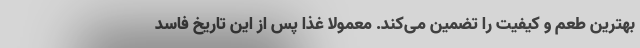
بهترین طعم و کیفیت را تضمین می‌کند. معمولا غذا پس از این تاریخ فاسد